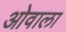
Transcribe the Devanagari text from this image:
ओवाला